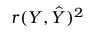
r ( Y , { \hat { Y } } ) ^ { 2 }